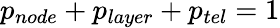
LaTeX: p_{node}+p_{layer}+{p_{tel}}=1